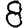
Digit: 8